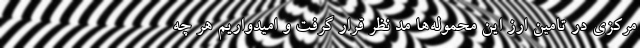
مرکزی در تامین ارز این محموله‌ها مد نظر قرار گرفت و امیدواریم هر چه